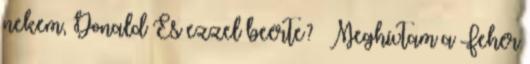
nekem, Donald És ezzel beérte? – Meghívtam a Fehér